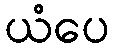
ယံပေ